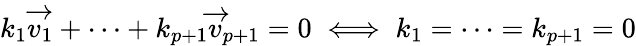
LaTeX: k_{1}{\overrightarrow{v_{1}}}+\dots+k_{p+1}{\overrightarrow{v}}_{p+1}=0\iff k_{1}=\dots=k_{p+1}=0